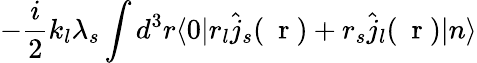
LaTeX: -\frac{i}{2}k_{l}\lambda_{s}\int d^{3}r\langle 0|r_{l}\hat{j}_{s}(\mathrm{~\mathbf~r~})+r_{s}\hat{j}_{l}(\mathrm{~\mathbf~r~})|n\rangle